Scientific memoirs by medical officers of the Army of India - Part XII,
Year: 1901
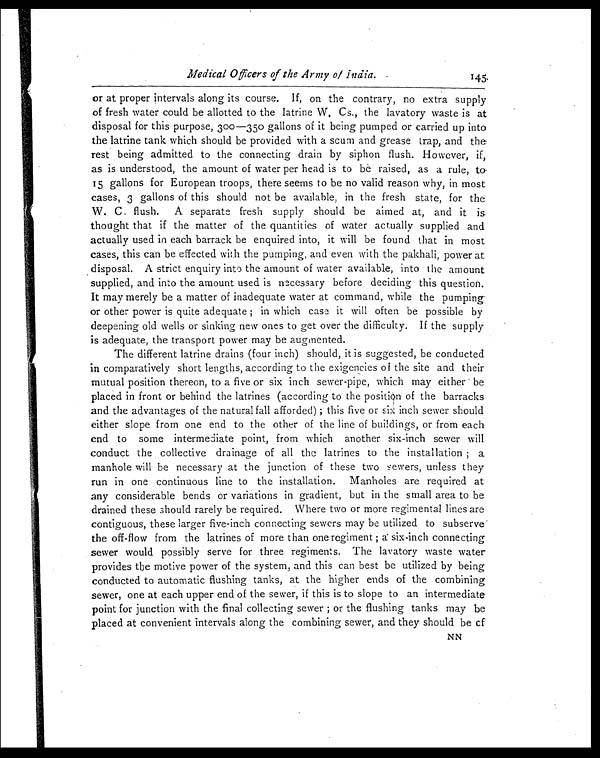
Medical Officers of the Army of India.
145
or at proper intervals along its course. If, on the contrary, no extra supply
of fresh water could be allotted to the latrine W, Cs., the lavatory waste is at
disposal for this purpose, 300—350 gallons of it being pumped or carried up into
the latrine tank which should be provided with a scum and grease trap, and the
rest being admitted to the connecting drain by siphon flush. However, if,
as is understood, the amount of water per head is to be raised, as a rule, t
o
15 gallons for European troops, there seems to be no valid reason why, in most
cases, 3 gallons of this should not be available, in the fresh state, for the
W. C. flush. A separate fresh supply should be aimed at, and it is
thought that if the matter of the quantities of water actually supplied and
actually used in each barrack be enquired into, it will be found that in most
cases, this can be effected with the pumping, and even with the pakhali, power at
disposal. A strict enquiry into the amount of water available, into the amount
supplied, and into the amount used is necessary before deciding this question.
It may merely be a matter of inadequate water at command, while the pumping
or other power is quite adequate; in which case it will often be possible by
deepening old wells or sinking new ones to get over the difficulty. If the supply
is adequate, the transport power may be augmented.
The different latrine drains (four inch) should, it is suggested, be conducted
in comparatively short lengths, according to the exigencies of the site and their
mutual position thereon, to a five or six inch sewer-pipe, which may either be
placed in front or behind the latrines (according to the position of the barracks
and the advantages of the natural fall afforded); this five or six inch sewer should
either slope from one end to the other of the line of buildings, or from each
end to some intermediate point, from which another six-inch sewer will
conduct the collective drainage of all the latrines to the installation; a
manhole will be necessary at the junction of these two sewers, unless they
run in one continuous line to the installation. Manholes are required at
any considerable bends or variations in gradient, but in the small area to be
drained these should rarely be required. Where two or more regimental lines are
contiguous, these larger five-inch connecting sewers may be utilized to subserve
the off-flow from the latrines of more than one regiment; a six-inch connecting
sewer would possibly serve for three regiments. The lavatory waste water
provides the motive power of the system, and this can best be utilized by being
conducted to automatic flushing tanks, at the higher ends of the combining
sewer, one at each upper end of the sewer, if this is to slope to an intermediate
point for junction with the final collecting sewer; or the flushing tanks may be
placed at convenient intervals along the combining sewer, and they should be of
NN